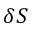
\delta S